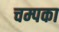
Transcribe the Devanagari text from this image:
चम्पका